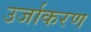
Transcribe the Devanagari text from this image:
उर्जाकरण